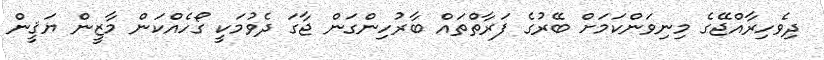
ދިވެހިރާއްޖޭގެ މިނިވަންކަމަށް ބޭރުގެ ފަރާތްތައް ބާރުހިންގަން ޖާގަ ދެވުމަކީ ގޯހެއްކަން މާޒީން ޔަޤީން